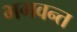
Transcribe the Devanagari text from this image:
भगवन्‍त